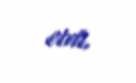
etdi.